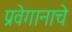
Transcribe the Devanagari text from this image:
प्रवेगानाचे